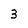
Character: 3